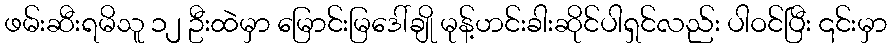
ဖမ်းဆီးရမိသူ ၁၂ ဦးထဲမှာ မြောင်းမြဒေါ်ချို မုန့်ဟင်းခါးဆိုင်ပါရှင်လည်း ပါဝင်ပြီး ၎င်းမှာ